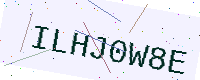
Text: ILHJ0W8E